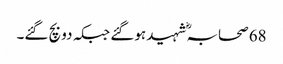
68 صحابہؓ شہید ہوگئے جبکہ دو بچ گئے۔